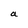
Character: a